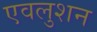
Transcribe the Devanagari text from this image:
एवलुशन